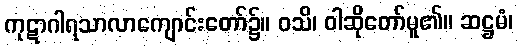
ကုဋာဂါရသာလာကျောင်းတော်၌။ ဝသိ၊ ဝါဆိုတော်မူ၏။ ဆဋ္ဌမံ၊